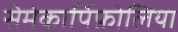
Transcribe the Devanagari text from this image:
सेमेकार्पिफ़ोलिया